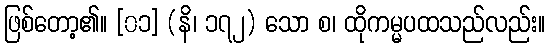
ဖြစ်တော့၏။ [၀၁] (နိ၊ ၁၇၂) သော စ၊ ထိုကမ္မပထသည်လည်း။